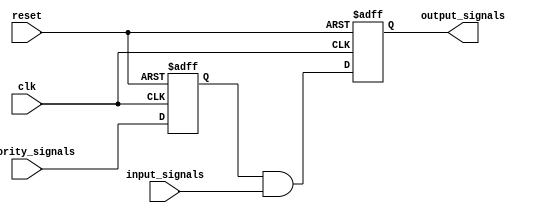
module priority_bypass_register(
    input wire clk,
    input wire reset,
    input wire [3:0] priority_signals,
    input wire [3:0] input_signals,
    output reg [3:0] output_signals
);

reg [3:0] priority_mask;

always @(posedge clk or posedge reset) begin
    if (reset) begin
        priority_mask <= 4'b1111; // Initialize all signals to be high priority
        output_signals <= 4'b0000; // Initialize output signals to be low
    end else begin
        // Update priority mask based on priority_signals
        priority_mask <= priority_signals;
        
        // Update output signals based on input_signals and priority_mask
        output_signals <= priority_mask & input_signals;
    end
end

endmodule